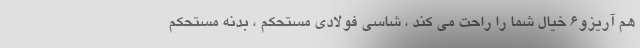
هم آریزو6 خیال شما را راحت می کند ، شاسی فولادی مستحکم ، بدنه مستحکم